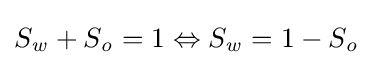
S_{\mathit {w}}+S_{\mathit {o}}=1\Leftrightarrow S_{\mathit {w}}=1-S_{\mathit {o}}